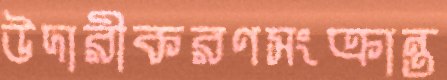
উদারীকরণসংক্রান্ত